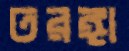
তরঙ্গা